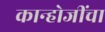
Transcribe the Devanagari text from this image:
कान्होजींचा